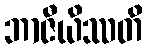
ဘာဇီယိဿတိ